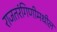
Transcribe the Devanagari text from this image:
राजतरंगिणीमधील